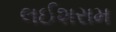
લઈશરામ